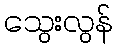
သွေးလွန်